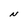
Character: N